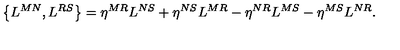
\left\{ L ^ { M N } , L ^ { R S } \right\} = \eta ^ { M R } L ^ { N S } + \eta ^ { N S } L ^ { M R } - \eta ^ { N R } L ^ { M S } - \eta ^ { M S } L ^ { N R } .